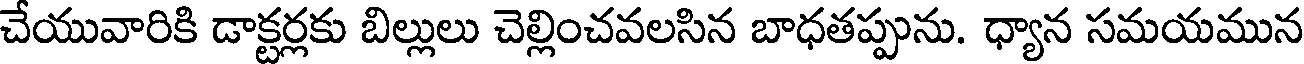
చేయువారికి డాక్టర్లకు బిల్లులు చెల్లించవలసిన బాధతప్పును. ధ్యాన సమయమున